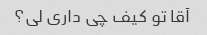
آقا تو کیف چی داری لی؟